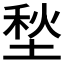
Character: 𱗕